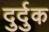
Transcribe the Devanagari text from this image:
दुर्दुक